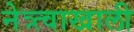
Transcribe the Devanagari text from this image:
नेत्र्त्वाखाली